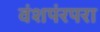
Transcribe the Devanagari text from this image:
वंशपंरपरा